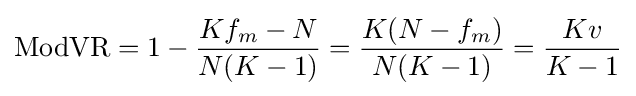
\operatorname {ModVR} =1-{\frac {Kf_{m}-N}{N(K-1)}}={\frac {K(N-f_{m})}{N(K-1)}}={\frac {Kv}{K-1}}